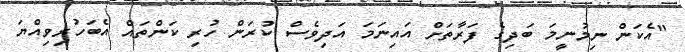
"އެކަން ނިމުނީމަ ބަދިގެ ފަރާތަށް އައިނަމަ އަދިވެސް ކުރަން ހުރި ކަންތައް އެބަހުރިވިއްޔަ